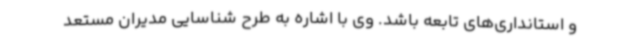
و استانداری‌های تابعه باشد. وی با اشاره به طرح شناسایی مدیران مستعد